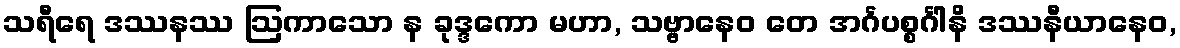
သရီရေ ဒဿနဿ ဩကာသော န ခုဒ္ဒကော မဟာ, သဗ္ဗာနေဝ တေ အင်္ဂပစ္စင်္ဂါနိ ဒဿနီယာနေဝ,